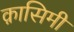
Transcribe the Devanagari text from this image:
क़ासिमी